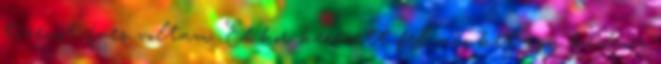
tizenöt éves voltam. Ekkor keresett fel minket egy kedves